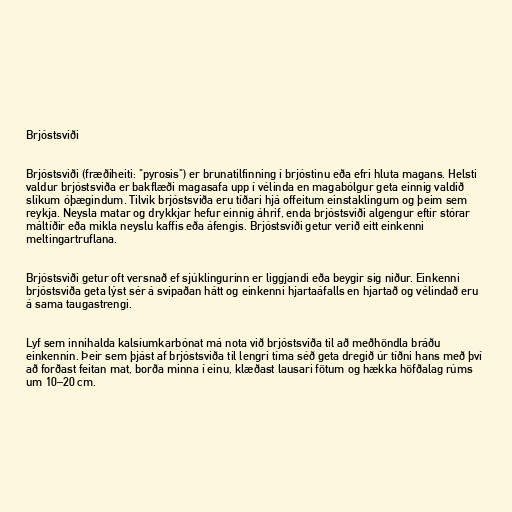
Brjóstsviði

Brjóstsviði (fræðiheiti: "pyrosis") er brunatilfinning í brjóstinu eða efri hluta magans. Helsti
valdur brjóstsviða er bakflæði magasafa upp í vélinda en magabólgur geta einnig valdið
slíkum óþægindum. Tilvik brjóstsviða eru tíðari hjá offeitum einstaklingum og þeim sem
reykja. Neysla matar og drykkjar hefur einnig áhrif, enda brjóstsviði algengur eftir stórar
máltíðir eða mikla neyslu kaffis eða áfengis. Brjóstsviði getur verið eitt einkenni
meltingartruflana.

Brjóstsviði getur oft versnað ef sjúklingurinn er liggjandi eða beygir sig niður. Einkenni
brjóstsviða geta lýst sér á svipaðan hátt og einkenni hjartaáfalls en hjartað og vélindað eru
á sama taugastrengi.

Lyf sem innihalda kalsíumkarbónat má nota við brjóstsviða til að meðhöndla bráðu
einkennin. Þeir sem þjást af brjóstsviða til lengri tíma séð geta dregið úr tíðni hans með því
að forðast feitan mat, borða minna í einu, klæðast lausari fötum og hækka höfðalag rúms
um 10–20 cm.